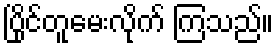
ပြိုင်တူမေးလိုက် ကြသည်။